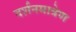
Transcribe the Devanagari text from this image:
दर्शनमात्रेण